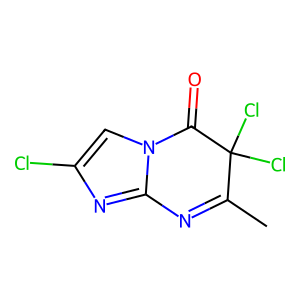
SMILES: CC1=Nc2nc(Cl)cn2C(=O)C1(Cl)Cl
Inhibits HIV replication: No